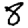
Digit: 8